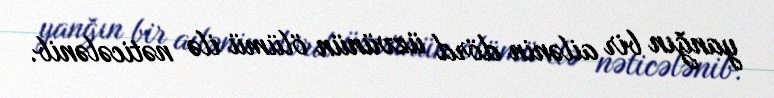
yanğın bir ailənin dörd üzvünün ölümü ilə nəticələnib.